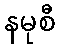
နမုစီ